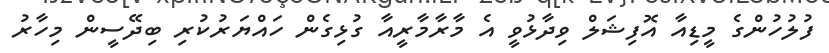
ފުލުހުންގެ މީޑިއާ އޮފިޝަލް ވިދާޅުވީ އެ މާރާމާރީއާ ގުޅިގެން ހައްޔަރުކުރި ބިދޭސީން މިހާރު